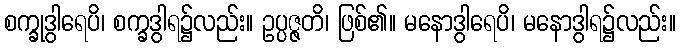
စက္ခုဒွါရေပိ၊ စက္ခဒွါရ၌လည်း။ ဥပ္ပဇ္ဇတိ၊ ဖြစ်၏။ မနောဒွါရေပိ၊ မနောဒွါရ၌လည်း။